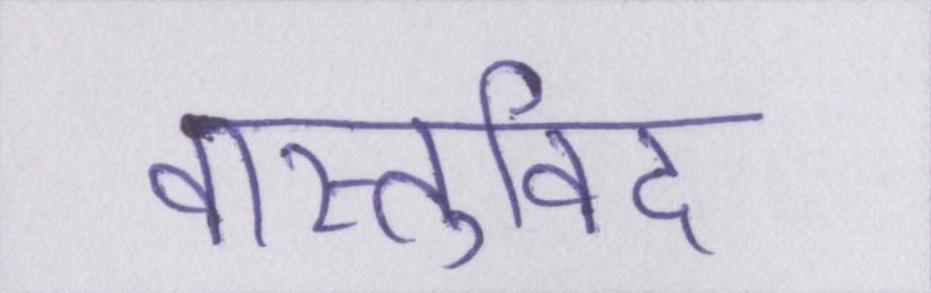
वास्तुविद